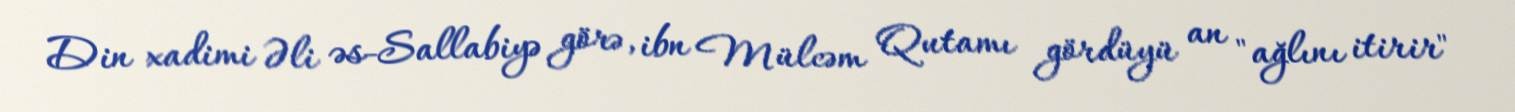
Din xadimi Əli əs-Sallabiyə görə, ibn Mülcəm Qutamı gördüyü an "ağlını itirir"